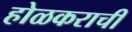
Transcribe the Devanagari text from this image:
होळकराची